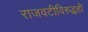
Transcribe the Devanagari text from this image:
राजवटीविरुद्धही